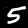
Digit: 5